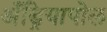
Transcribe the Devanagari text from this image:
अँड्रियापोल